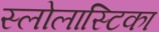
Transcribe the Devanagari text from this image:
स्लोलास्टिका